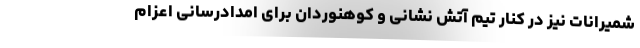
شمیرانات نیز در کنار تیم آتش نشانی و کوهنوردان برای امدادرسانی اعزام